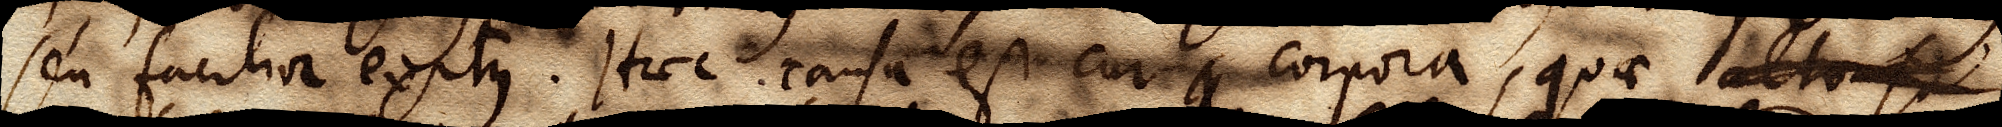
seu facilior exitus. Haec causa est cur q corpora, quae alto s